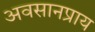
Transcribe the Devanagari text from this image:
अवसानप्राय